Annual report on the working of the mental hospitals in the Madras Presidency - 1912-1932
Year: 1912
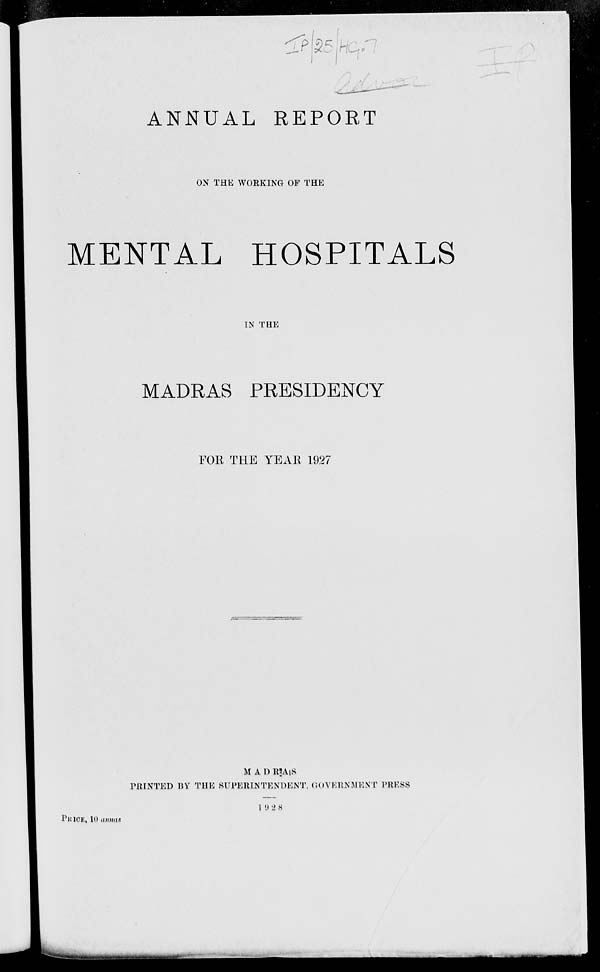
ANNUAL REPORT
ON THE WORKING OF THE
MENTAL HOSPITALS
IN THE
MADRAS PRESIDENCY
FOR THE YEAR 1927
MADRAS
PRINTED BY THE SUPERINTENDENT, GOVERNMENT PRESS
1928
PRICE, 10 annas